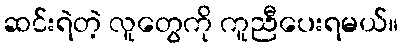
ဆင်းရဲတဲ့ လူတွေကို ကူညီပေးရမယ်။